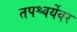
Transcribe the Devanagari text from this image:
तपश्चर्येवर